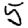
Digit: 5